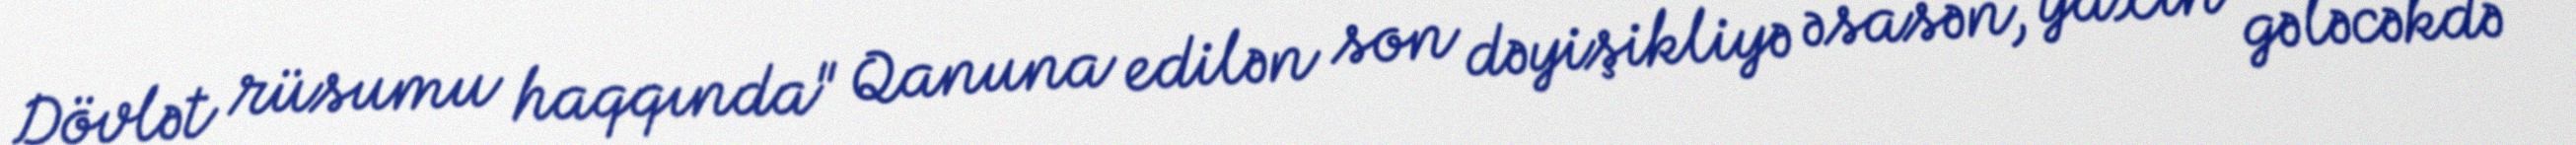
Dövlət rüsumu haqqında" Qanuna edilən son dəyişikliyə əsasən, yaxın gələcəkdə